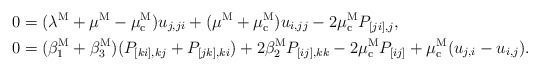
\begin{align*}0&=(\lambda^{\rm M}+\mu^{\rm M}-\mu_{\rm c}^{\rm M})u_{j,ji}+(\mu^{\rm M}+\mu_{\rm c}^{\rm M})u_{i,jj}-2\mu_{\rm c}^{\rm M} P_{[ji],j},\\0&=(\beta_1^{\rm M}+\beta_3^{\rm M})(P_{[ki],kj}+P_{[jk],ki})+2\beta_2^{\rm M} P_{[ij],kk}-2\mu_{\rm c}^{\rm M} P_{[ij]}+\mu_{\rm c}^{\rm M} (u_{j,i}-u_{i,j}).\end{align*}